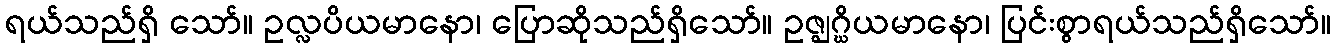
ရယ်သည်ရှိ သော်။ ဥလ္လပိယမာနော၊ ပြောဆိုသည်ရှိသော်။ ဥဇ္ဈဂ္ဃိယမာနော၊ ပြင်းစွာရယ်သည်ရှိသော်။